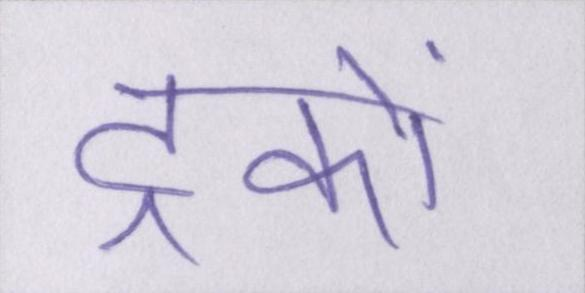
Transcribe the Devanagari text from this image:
ट्रकों